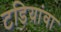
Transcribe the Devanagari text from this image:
टडियांवा